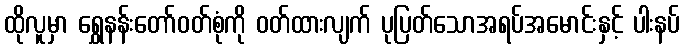
ထိုလူမှာ ရွှေနန်းတော်ဝတ်စုံကို ဝတ်ထားလျက် ပုပြတ်သောအရပ်အမောင်းနှင့် ပါးနပ်